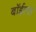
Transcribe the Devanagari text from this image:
बॉईल्स